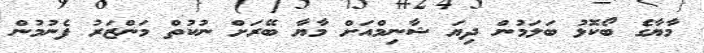
މާޔާގެ ބޯކޮޅު ބަލަމުން ދިޔަ ޝާނިމްއަށް މާޔާ ބޭރަށް ނުކުތް މަންޒަރު ފެނުމުން